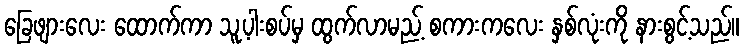
ခြေဖျားလေး ထောက်ကာ သူ့ပါးစပ်မှ ထွက်လာမည့် စကားကလေး နှစ်လုံးကို နားစွင့်သည်။